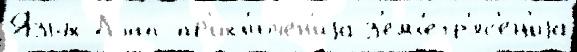
Язы́к Лэпп пр'икл'юче́н'иjа з'емл'етр'яс'е́н'иjа